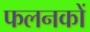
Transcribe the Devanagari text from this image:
फलनकों